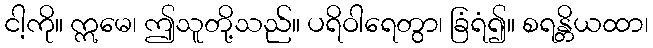
ငါ့ကို။ ဣမေ၊ ဤသူတို့သည်။ ပရိဝါရေတွာ၊ ခြံရံ၍။ စရန္တိယထာ၊